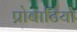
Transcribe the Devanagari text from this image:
प्रोबाटियो